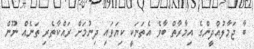
ބާ ޖަމާލުއްދީންގެ އިމާރާތް ބާވެ އެތަނަކީ ކިޔަވައި ދިނުމަށް ރައްކާތެރި ތަނެއް ނޫން